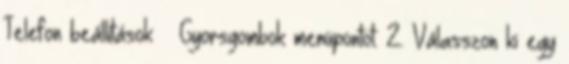
Telefon beállítások → Gyorsgombok menüpontot. 2. Válasszon ki egy